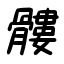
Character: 髏